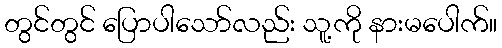
တွင်တွင် ပြောပါသော်လည်း သူ့ကို နားမပေါက်။